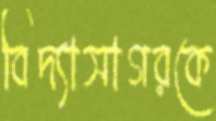
বিদ্যাসাগরকে